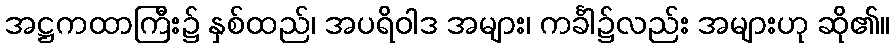
အဋ္ဌကထာကြီး၌ နှစ်ထည်၊ အပရိဝါဒ အများ၊ ကင်္ခါ၌လည်း အများဟု ဆို၏။